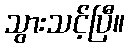
သွားသင့်ပြီ။